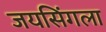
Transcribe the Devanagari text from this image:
जयसिंगला